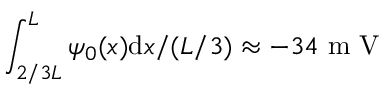
\int _ { 2 / 3 L } ^ { L } \psi _ { 0 } ( x ) \mathrm { d } x / ( L / 3 ) \approx - 3 4 \mathrm { ~ m ~ V ~ }